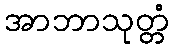
အာဘာသုတ္တံ